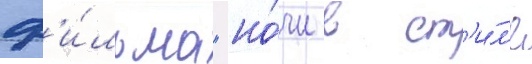
ф'и́льма "но́чи в ст'и́л'е